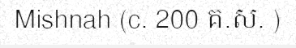
Mishnah (c. 200 គ.ស. )